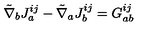
{ \tilde { \nabla } } _ { b } J _ { a } ^ { i j } - { \tilde { \nabla } } _ { a } J _ { b } ^ { i j } = G _ { a b } ^ { i j }